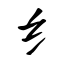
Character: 纟